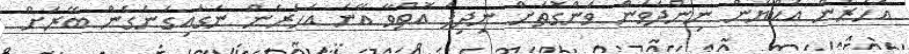
އަހަރެން އަކްޔަން ނިންދަވަން ވަންގޮތަށް ނިދިފަ އޮތްވާ އޭނަ އަހަރެން ނަގައިގަނެގެން ބޭރަށް